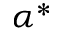
\alpha ^ { * }